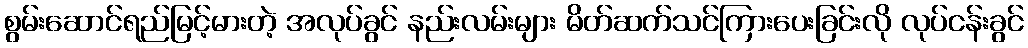
စွမ်းဆောင်ရည်မြင့်မားတဲ့ အလုပ်ခွင် နည်းလမ်းများ မိတ်ဆက်သင်ကြားပေးခြင်းလို လုပ်ငန်းခွင်